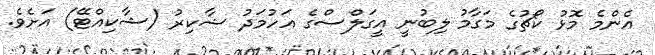
އެންމެ މޮޅު ކޯޗުގެ މަގާމު ލިބުނީ އީގަލްސްގެ އަހުމަދު ޝާކިރު (ޝާކިއްޓޭ) އަށެވެ.